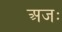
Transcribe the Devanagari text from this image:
अजः